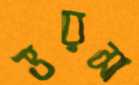
ভরসা